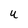
Character: U